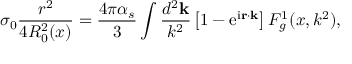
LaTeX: \sigma _ { 0 } \frac { r ^ { 2 } } { 4 R _ { 0 } ^ { 2 } ( x ) } = \frac { 4 \pi \alpha _ { s } } { 3 } \int \frac { d ^ { 2 } { \bf k } } { k ^ { 2 } } \left[ 1 - \mathrm { e } ^ { \mathrm { i } { \bf r \cdot k } } \right] { \cal F } _ { g } ^ { 1 } ( x , k ^ { 2 } ) ,